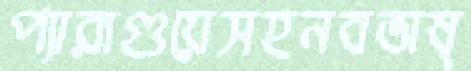
প্যারাগুয়েসহনবভাষ্